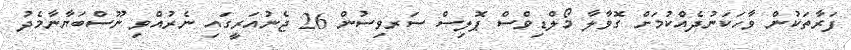
ފަރާތަކުން ވާހަކަނުދެއްކުމަށް ގޮވާލާ މޯލްޑިވްސް ޕޮލިސް ސަރވިސުން 26 ޖެނުއަރީގައި ނެރުއްވި ނޫސްބަޔާނާމެދު